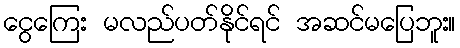
ငွေကြေး မလည်ပတ်နိုင်ရင် အဆင်မပြေဘူး။